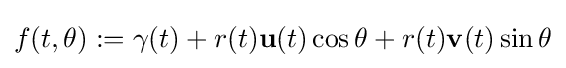
f(t,\theta ):=\gamma (t)+r(t){\mathbf {u} }(t)\cos \theta +r(t){\mathbf {v} }(t)\sin \theta